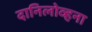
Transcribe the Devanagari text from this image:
दानिलोव्हना